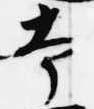
本